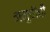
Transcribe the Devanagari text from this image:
नमुचीची